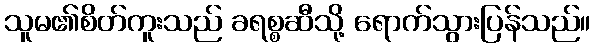
သူမ၏စိတ်ကူးသည် ခရစ္စဆီသို့ ရောက်သွားပြန်သည်။